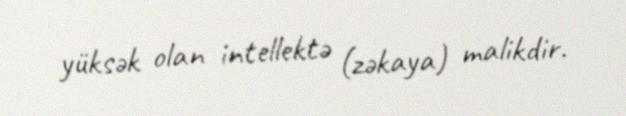
yüksək olan intellektə (zəkaya) malikdir.